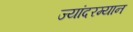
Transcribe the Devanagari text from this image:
ज्यांदरम्यान